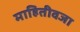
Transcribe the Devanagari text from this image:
माहितीवजा